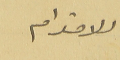
الاحترام